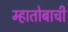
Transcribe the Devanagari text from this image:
म्हातोबाची